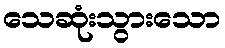
သေဆုံးသွားသော